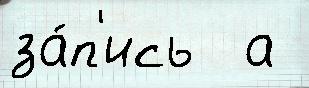
за́п'ись  а